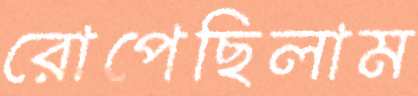
রোপেছিলাম